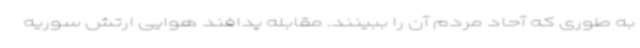
به طوری که آحاد مردم آن را ببینند. مقابله پدافند هوایی ارتش سوریه